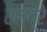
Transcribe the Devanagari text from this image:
एल्द्रे